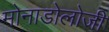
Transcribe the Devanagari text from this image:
मोनाडोलोजी